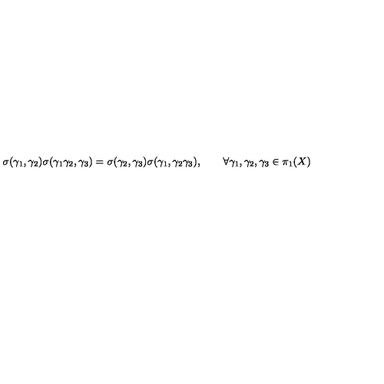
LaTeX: \sigma ( \gamma _ { 1 } , \gamma _ { 2 } ) \sigma ( \gamma _ { 1 } \gamma _ { 2 } , \gamma _ { 3 } ) = \sigma ( \gamma _ { 2 } , \gamma _ { 3 } ) \sigma ( \gamma _ { 1 } , \gamma _ { 2 } \gamma _ { 3 } ) , \qquad \forall \gamma _ { 1 } , \gamma _ { 2 } , \gamma _ { 3 } \in \pi _ { 1 } ( X )